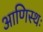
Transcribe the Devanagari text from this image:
आणिस्थः